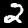
Label: 2